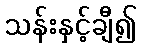
သန်းနှင့်ချီ၍